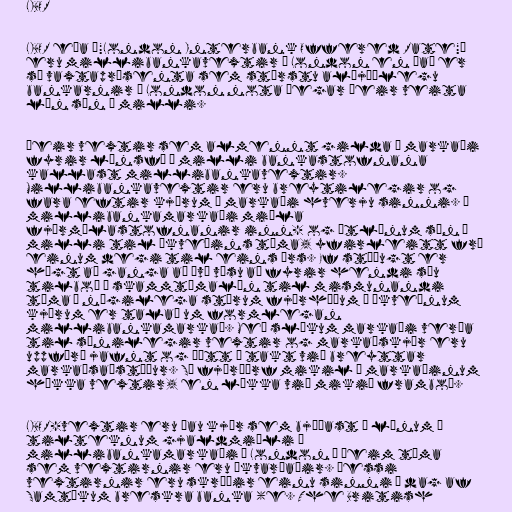
LIBOR

LIBOR eða „"London Interbank Offered Rate"“
eru millibankavextir í London en það er
sú vaxtaprósenta sem stærstu alþjóðlegu
bankarnir í London nota þegar þeir veita
lán sín á milli.

Þeir vextir sem almennt gilda á markaði
fyrir lánsfé á milli bankastofnana
kallast millibankavextir.
Millibankavextir eru breytilegir og
fara eftir kjörum á markaði hverju sinni. Á
millibankamarkaði miðla
fjármálastofnanir inn- og útlánum sín á
milli til ákveðins tíma, yfirleitt frá
einum degi til eins árs. Ef stöðugt er
hægt að ganga að því vísu að fyrir hendi séu
tilboð í skammtímalán til mismunandi
tíma í nægilega stórum fjárhæðum á ákveðnum
kjörum er talað um formlegan
millibankamarkað. Með slíkum markaði verða
til sýnilegir vextir og markaðskjör eru
uppfærð jafnt og þétt í takt við breyttar
markaðsaðstæður. Sé fjárþörf mikil á markaðinum
hækka vextir, en lækka við mikið framboð.

LIBOR-vextir eru þau kjör sem bjóðast á lánum í
tilteknum gjaldmiðli á
millibankamarkaði í London á þeim tíma
sem vextirnir eru ákvarðaðir. Þessi
vextirnir eru skráðir einu sinni á dag af
Samtökum breskra banka (e. The British